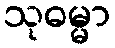
သုဓမ္မာ